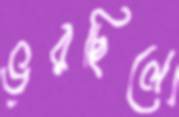
ভরছিলে